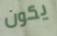
يكون